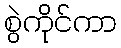
စွဲကိုင်ကာ